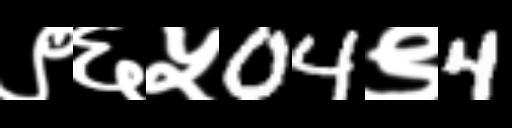
Text: ९६५04९4